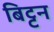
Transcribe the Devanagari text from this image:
बिट्टन